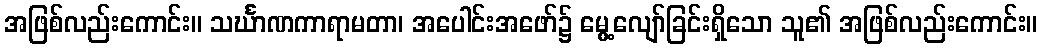
အဖြစ်လည်းကောင်း။ သင်္ဃာဏကာရာမတာ၊ အပေါင်းအဖော်၌ မွေ့လျော်ခြင်းရှိသော သူ၏ အဖြစ်လည်းကောင်း။